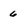
Character: 6